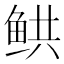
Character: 𲍎